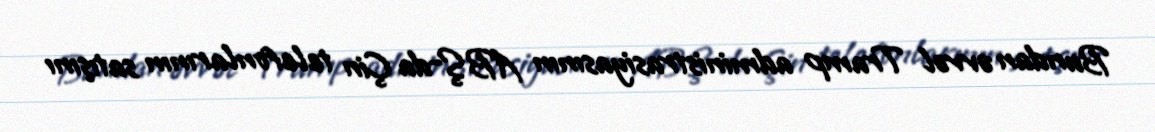
Bundan əvvəl Tramp administrasiyasının ABŞ-da Çin telefonlarının satışını